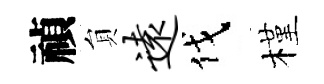
禎貟远伐槿